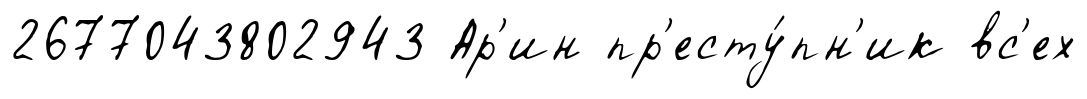
2677043802943 Ар'ин пр'есту́пн'ик вс'ех